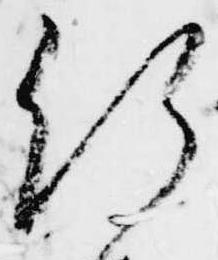
給